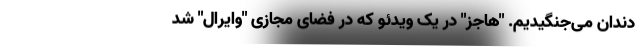
دندان می‌جنگیدیم. "هاجز" در یک ویدئو که در فضای مجازی "وایرال" شد